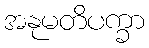
အနုမတိပက္ခာ